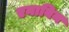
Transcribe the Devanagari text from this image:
एनाबिन